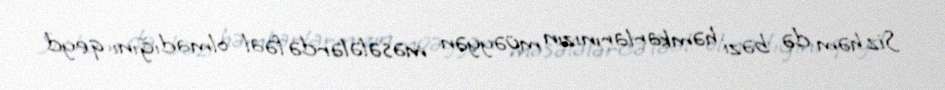
Siz həm də bəzi həmkarlarınızın müəyyən məsələlərdə fəal olmadığını qeyd